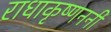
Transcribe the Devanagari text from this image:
राधाकृष्णननी